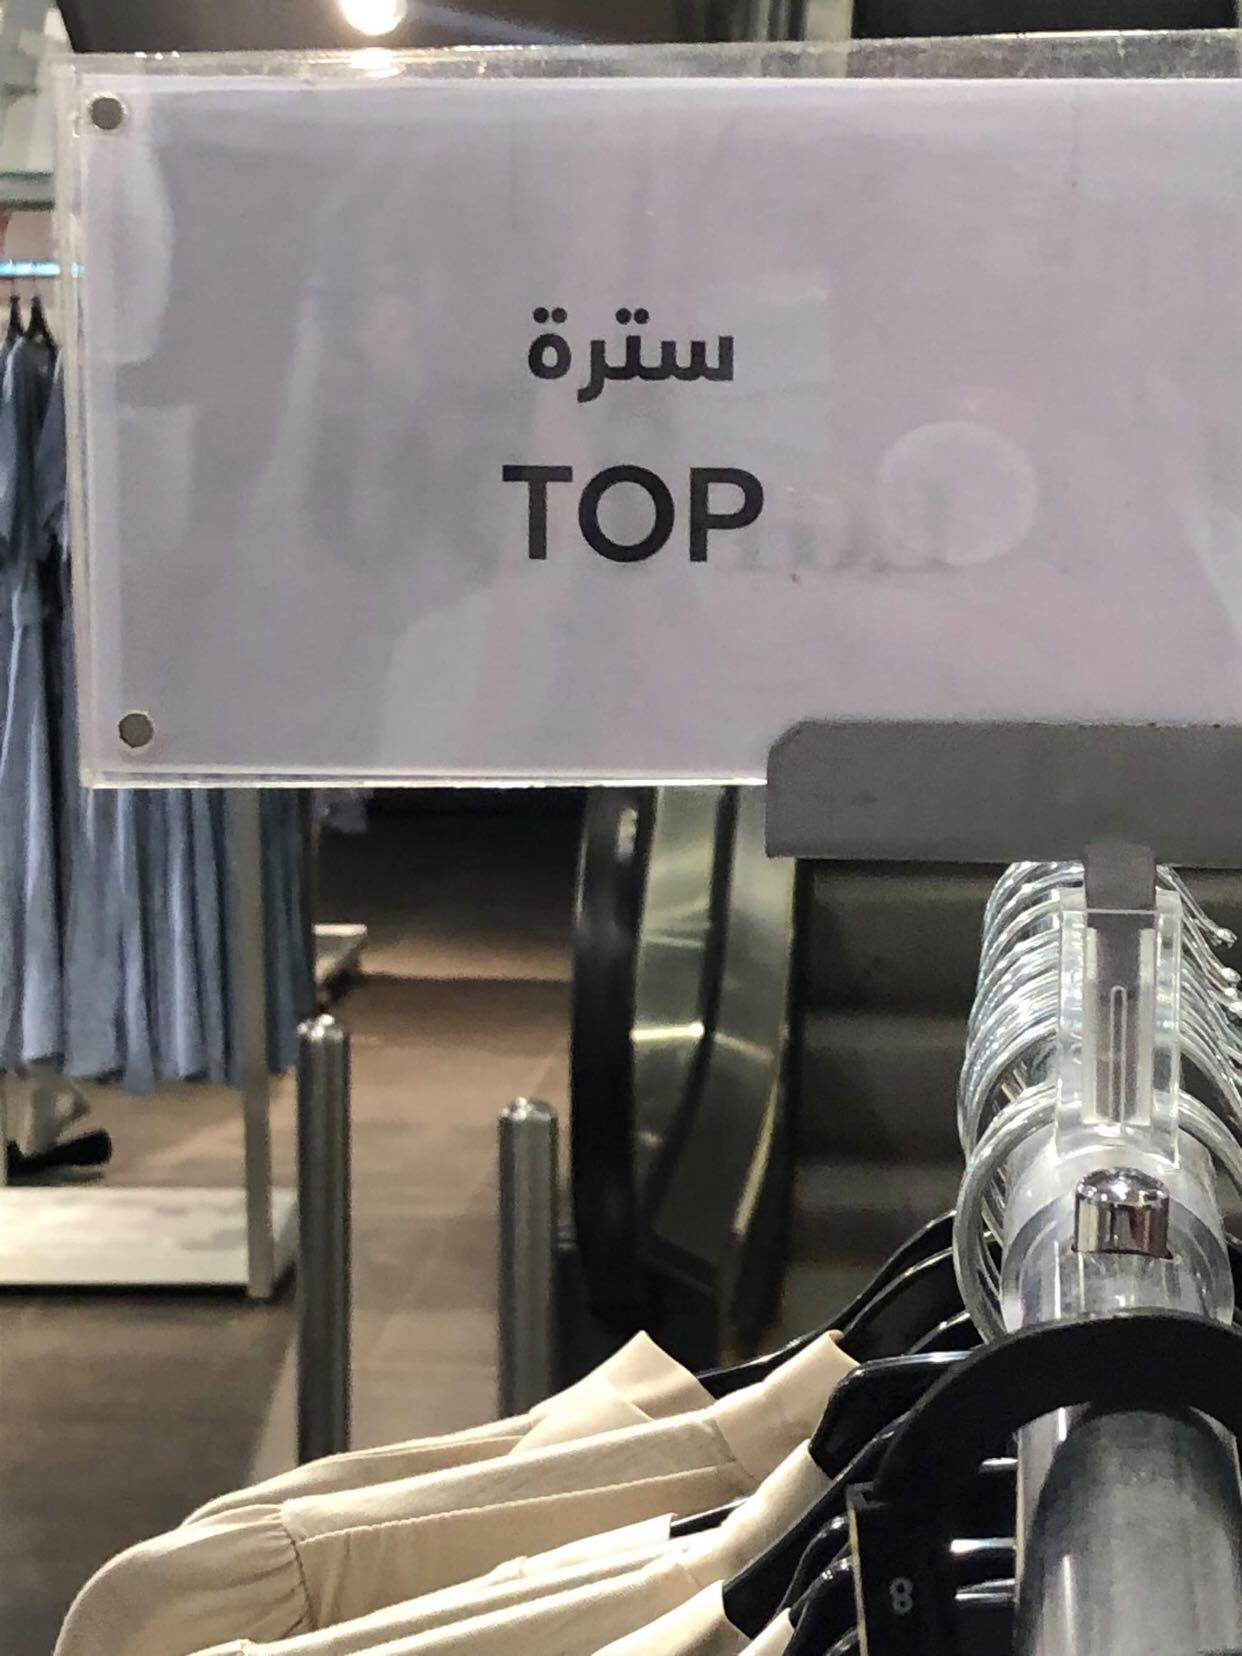
Text in image: سترة TOP